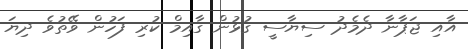
އާއި ޖަޕާނާ ދެމެދު ސިޔާސީ ގުޅުން ގާއިމް ކުރި ފަހުން ވޭތުވެ ދިޔަ